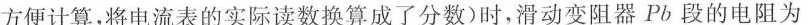
方便计算，将电流表的实际读数换算成了分数)时，滑动变阻器Pb段的电阻为